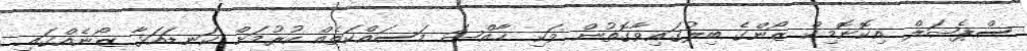
ސްޕެޝަލް އިކޮނޮމިކް ޒޯންގެ ބިލުގައިވާގޮތުން ވަކި ޚާއްޞަ މަސައްކަތެއް ކުރުމަށް ކަނޑައަޅާ ޒޯނެއްގައި